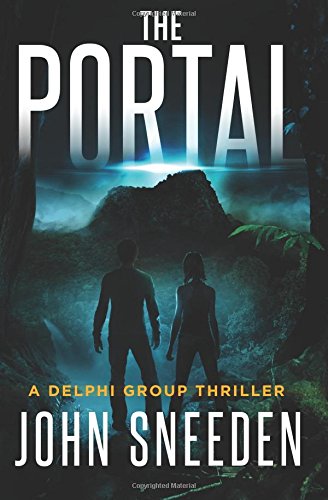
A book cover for The Portal (A Delphi Group Thriller) (Volume 2); John Sneeden; Science Fiction & Fantasy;